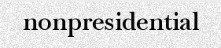
nonpresidential